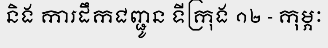
និង ការដឹកជញ្ជូន ទីក្រុង ១២ - កុម្ភៈ